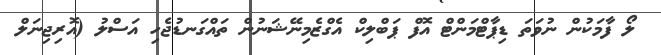
ލޯ ފާމަކުން ނުވަތަ ޑިޕާޓްމަންޓް އޮފް ޕަބްލިކް އެގްޒެމިނޭޝަނުން ތައްގަނޑުޖެހި އަސްލު (އޮރިޖިނަލް